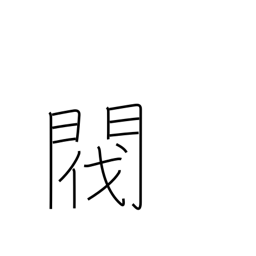
Meaning: pedigree